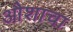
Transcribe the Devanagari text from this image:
औशाचा